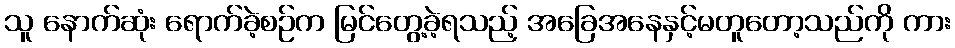
သူ နောက်ဆုံး ရောက်ခဲ့စဉ်က မြင်တွေ့ခဲ့ရသည့် အခြေအနေနှင့်မတူတော့သည်ကို ကား